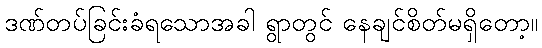
ဒဏ်တပ်ခြင်းခံရသောအခါ ရွာတွင် နေချင်စိတ်မရှိတော့။